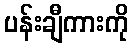
ပန်းချီကားကို